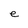
Character: e